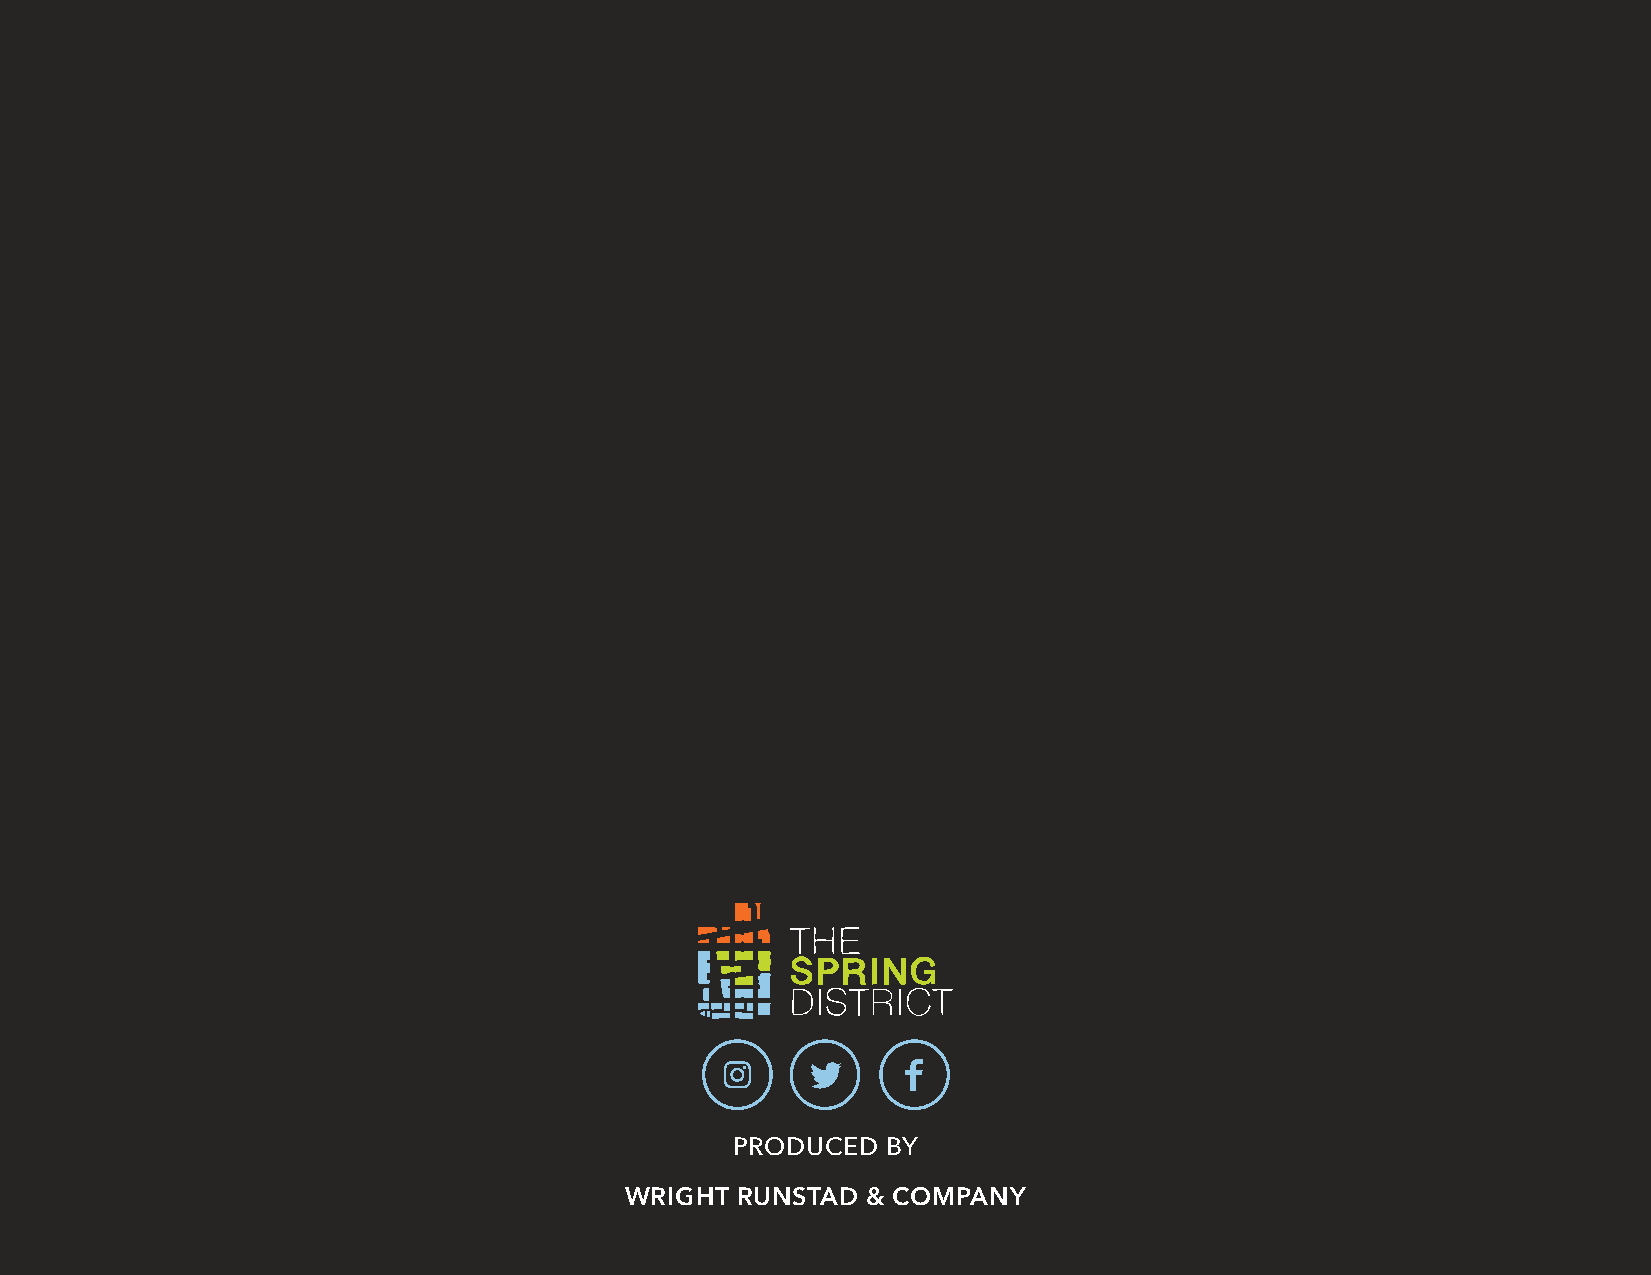
PRODUCED  BY
 WRIGHT  RUNSTAD & COMPANY
 FEBRUARY:         A  TIME    FOR    LOVE